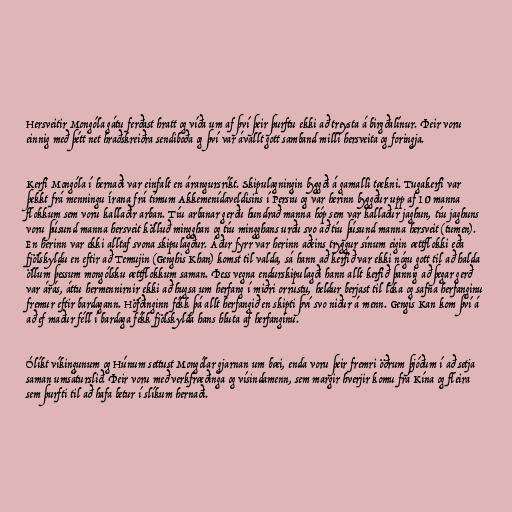
Hersveitir Mongóla gátu ferðast hratt og víða um af því þeir þurftu ekki að treysta á birgðalínur. Þeir voru
einnig með þétt net hraðskreiðra sendiboða og því var ávallt gott samband milli hersveita og foringja.

Kerfi Mongóla í hernaði var einfalt en árangursríkt. Skipulagningin byggði á gamalli tækni. Tugakerfi var
þekkt frá menningu Írana frá tímum Akkemenídaveldisins í Persíu og var herinn byggður upp af 10 manna
flokkum sem voru kallaðir arban. Tíu arbanar gerðu hundrað manna hóp sem var kallaður jaghun, tíu jaghuns
voru þúsund manna hersveit kölluð mingghan og tíu mingghans urðu svo að tíu þúsund manna hersveit (tumen).
En herinn var ekki alltaf svona skipulagður. Áður fyrr var herinn aðeins tryggur sínum eigin ættflokki eða
fjölskyldu en eftir að Temujin (Genghis Khan) komst til valda, sá hann að kerfið var ekki nógu gott til að halda
öllum þessum mongólsku ættflokkum saman. Þess vegna endurskipulagði hann allt kerfið þannig að þegar gerð
var árás, áttu hermennirnir ekki að hugsa um herfang í miðri orrustu, heldur berjast til loka og safna herfanginu
fremur eftir bardagann. Höfðinginn fékk þá allt herfangið en skipti því svo niður á menn. Gengis Kan kom því á
að ef maður féll í bardaga fékk fjölskylda hans hluta af herfanginu.

Ólíkt víkingunum og Húnum settust Mongólar gjarnan um bæi, enda voru þeir fremri öðrum þjóðum í að setja
saman umsáturslið. Þeir voru með verkfræðinga og vísindamenn, sem margir hverjir komu frá Kína og fleira
sem þurfti til að hafa betur í slíkum hernaði.